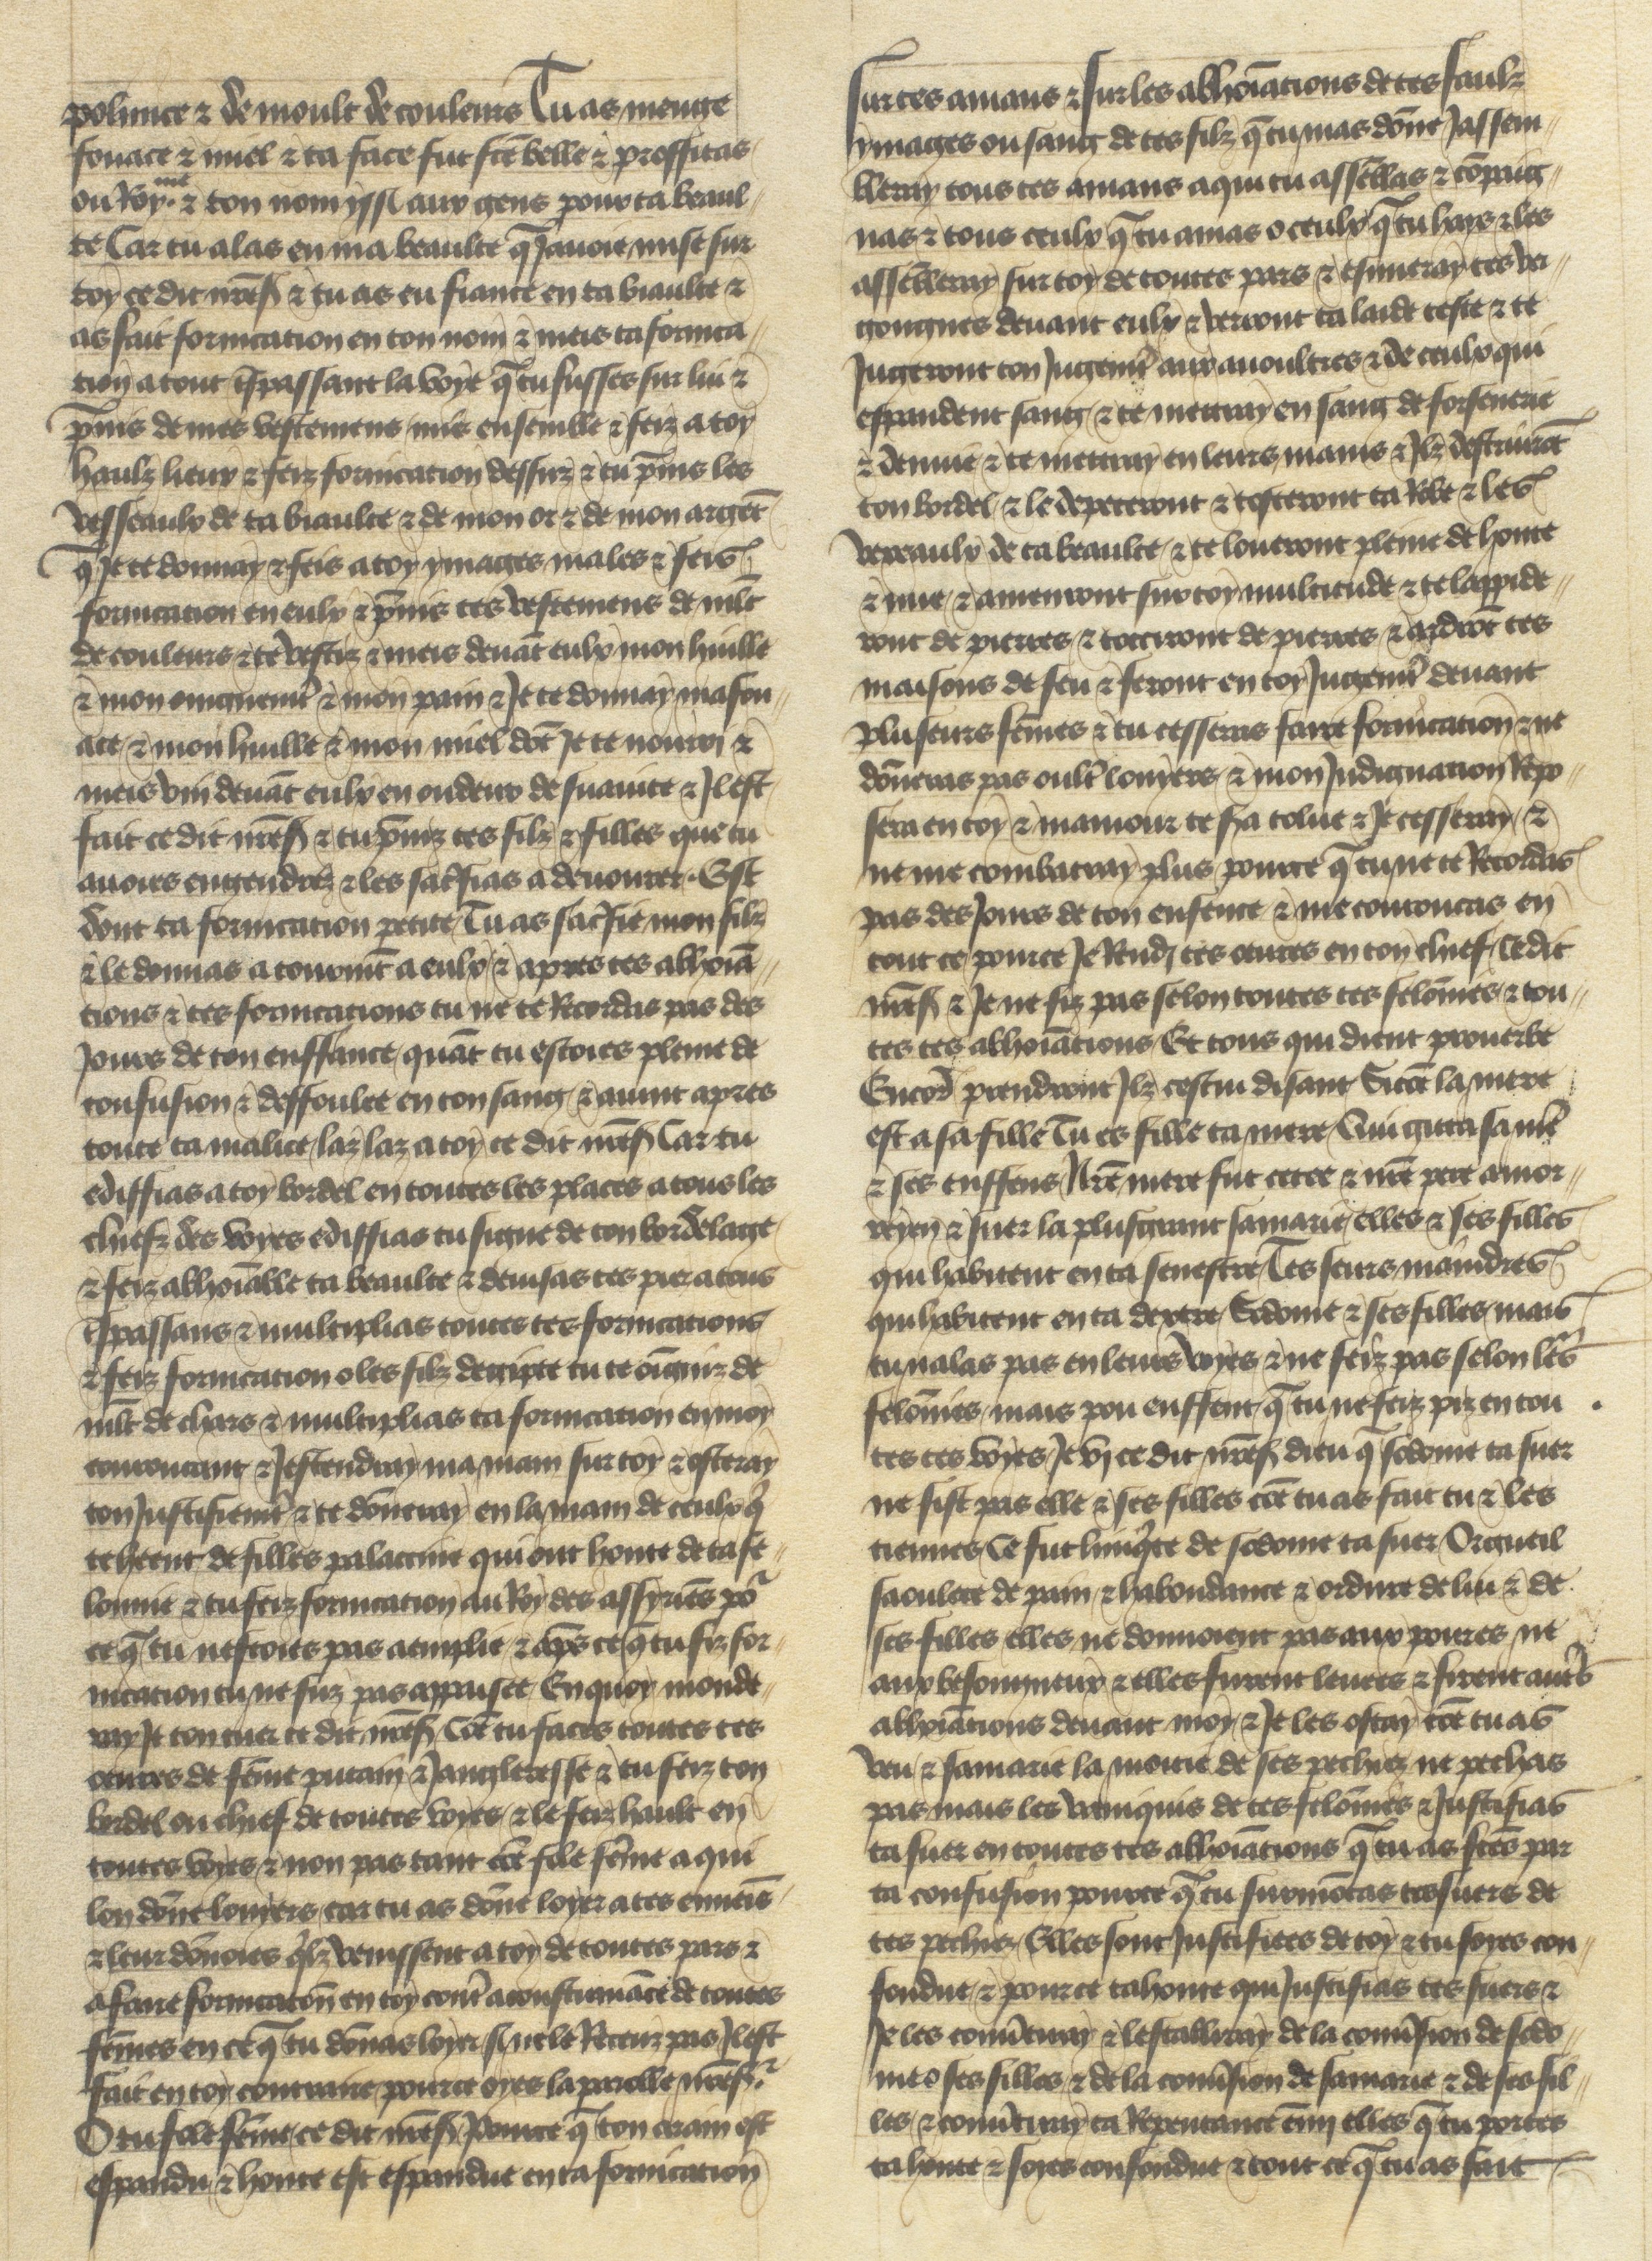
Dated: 1400–1450